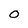
Character: O